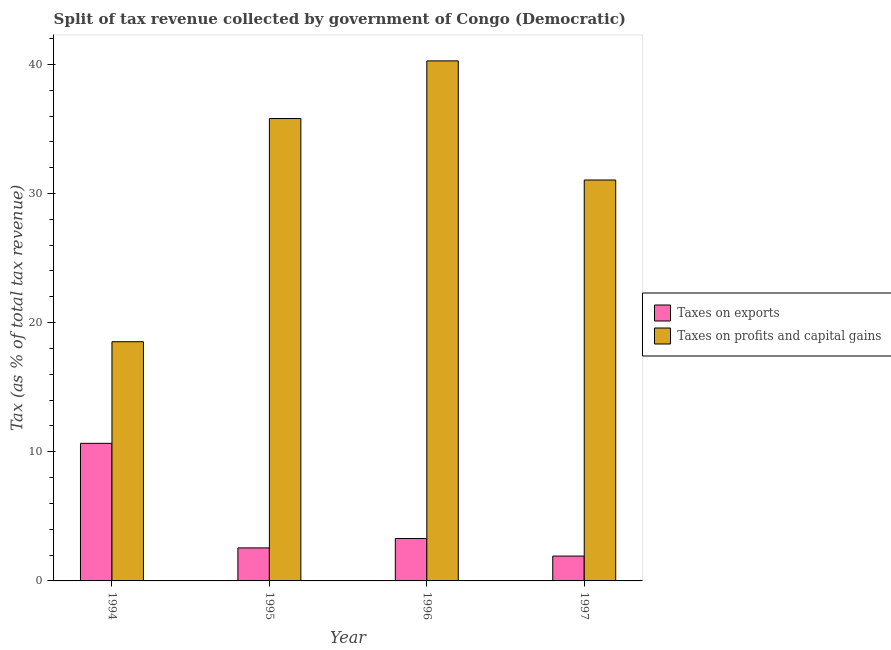
| Year | Taxes on exports | Taxes on profits and capital gains |
 | --- | --- | --- |
 | 1994 | 10.7 | 18.5 |
 | 1995 | 2.56 | 35.8 |
 | 1996 | 3.29 | 40.3 |
 | 1997 | 1.92 | 31 |